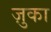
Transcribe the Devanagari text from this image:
ज़ुका